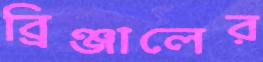
ব্রিঞ্জালের